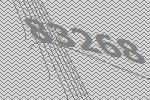
83268